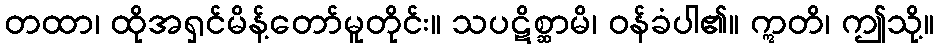
တထာ၊ ထိုအရှင်မိန့်တော်မူတိုင်း။ သပဋိစ္ဆာမိ၊ ဝန်ခံပါ၏။ ဣတိ၊ ဤသို့။